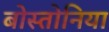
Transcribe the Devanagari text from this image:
बोस्तोनिया